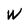
Character: W